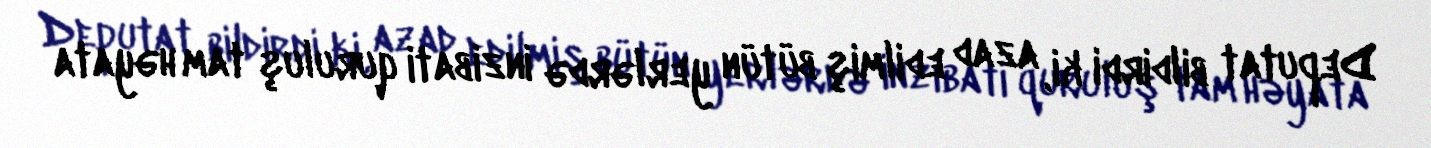
Deputat bildirdi ki, azad edilmiş bütün yerlərdə inzibati quruluş tam həyata